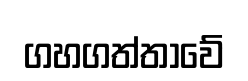
ගහගත්තාවේ